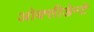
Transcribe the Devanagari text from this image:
ओक्सीडेन्टे